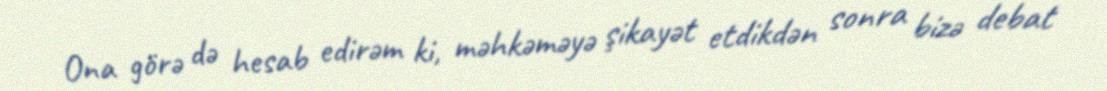
Ona görə də hesab edirəm ki, məhkəməyə şikayət etdikdən sonra bizə debat